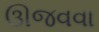
ઊજવવા